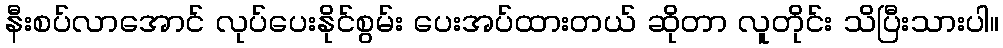
နီးစပ်လာအောင် လုပ်ပေးနိုင်စွမ်း ပေးအပ်ထားတယ် ဆိုတာ လူတိုင်း သိပြီးသားပါ။